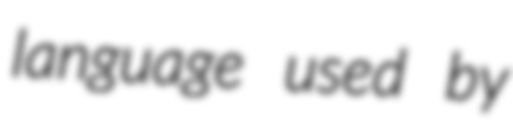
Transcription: language used by